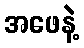
အဖေနဲ့